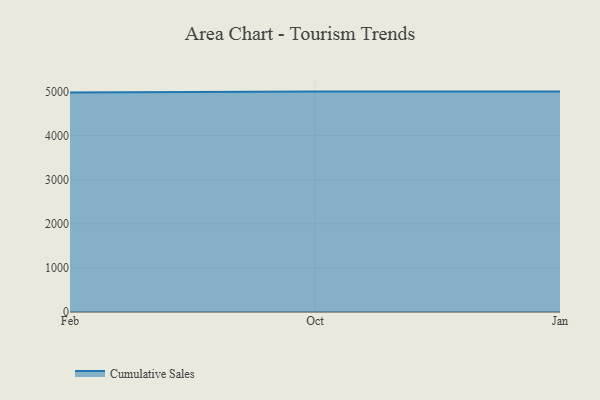
{"axis": {"x": "Month", "y": "Active Users"}, "legend": ["Cumulative Sales"], "data": [{"x": "Feb", "y": 4979.7, "type": "Cumulative Sales"}, {"x": "Oct", "y": 5000, "type": "Cumulative Sales"}, {"x": "Jan", "y": 5000, "type": "Cumulative Sales"}]}